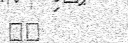
٣٩